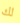
لك